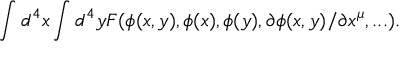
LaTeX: \int d ^ { 4 } x \int d ^ { 4 } y { \cal F } ( \phi ( x , y ) , \phi ( x ) , \phi ( y ) , \partial \phi ( x , y ) / \partial x ^ { \mu } , . . . ) .